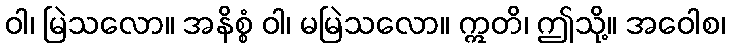
ဝါ၊ မြဲသလော။ အနိစ္စံ ဝါ၊ မမြဲသလော။ ဣတိ၊ ဤသို့။ အဝေါစ၊